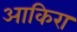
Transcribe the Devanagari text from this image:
आकिरा